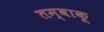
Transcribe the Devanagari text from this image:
तम्‍बाकू